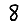
Digit: 8